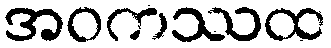
အဝကဿထ